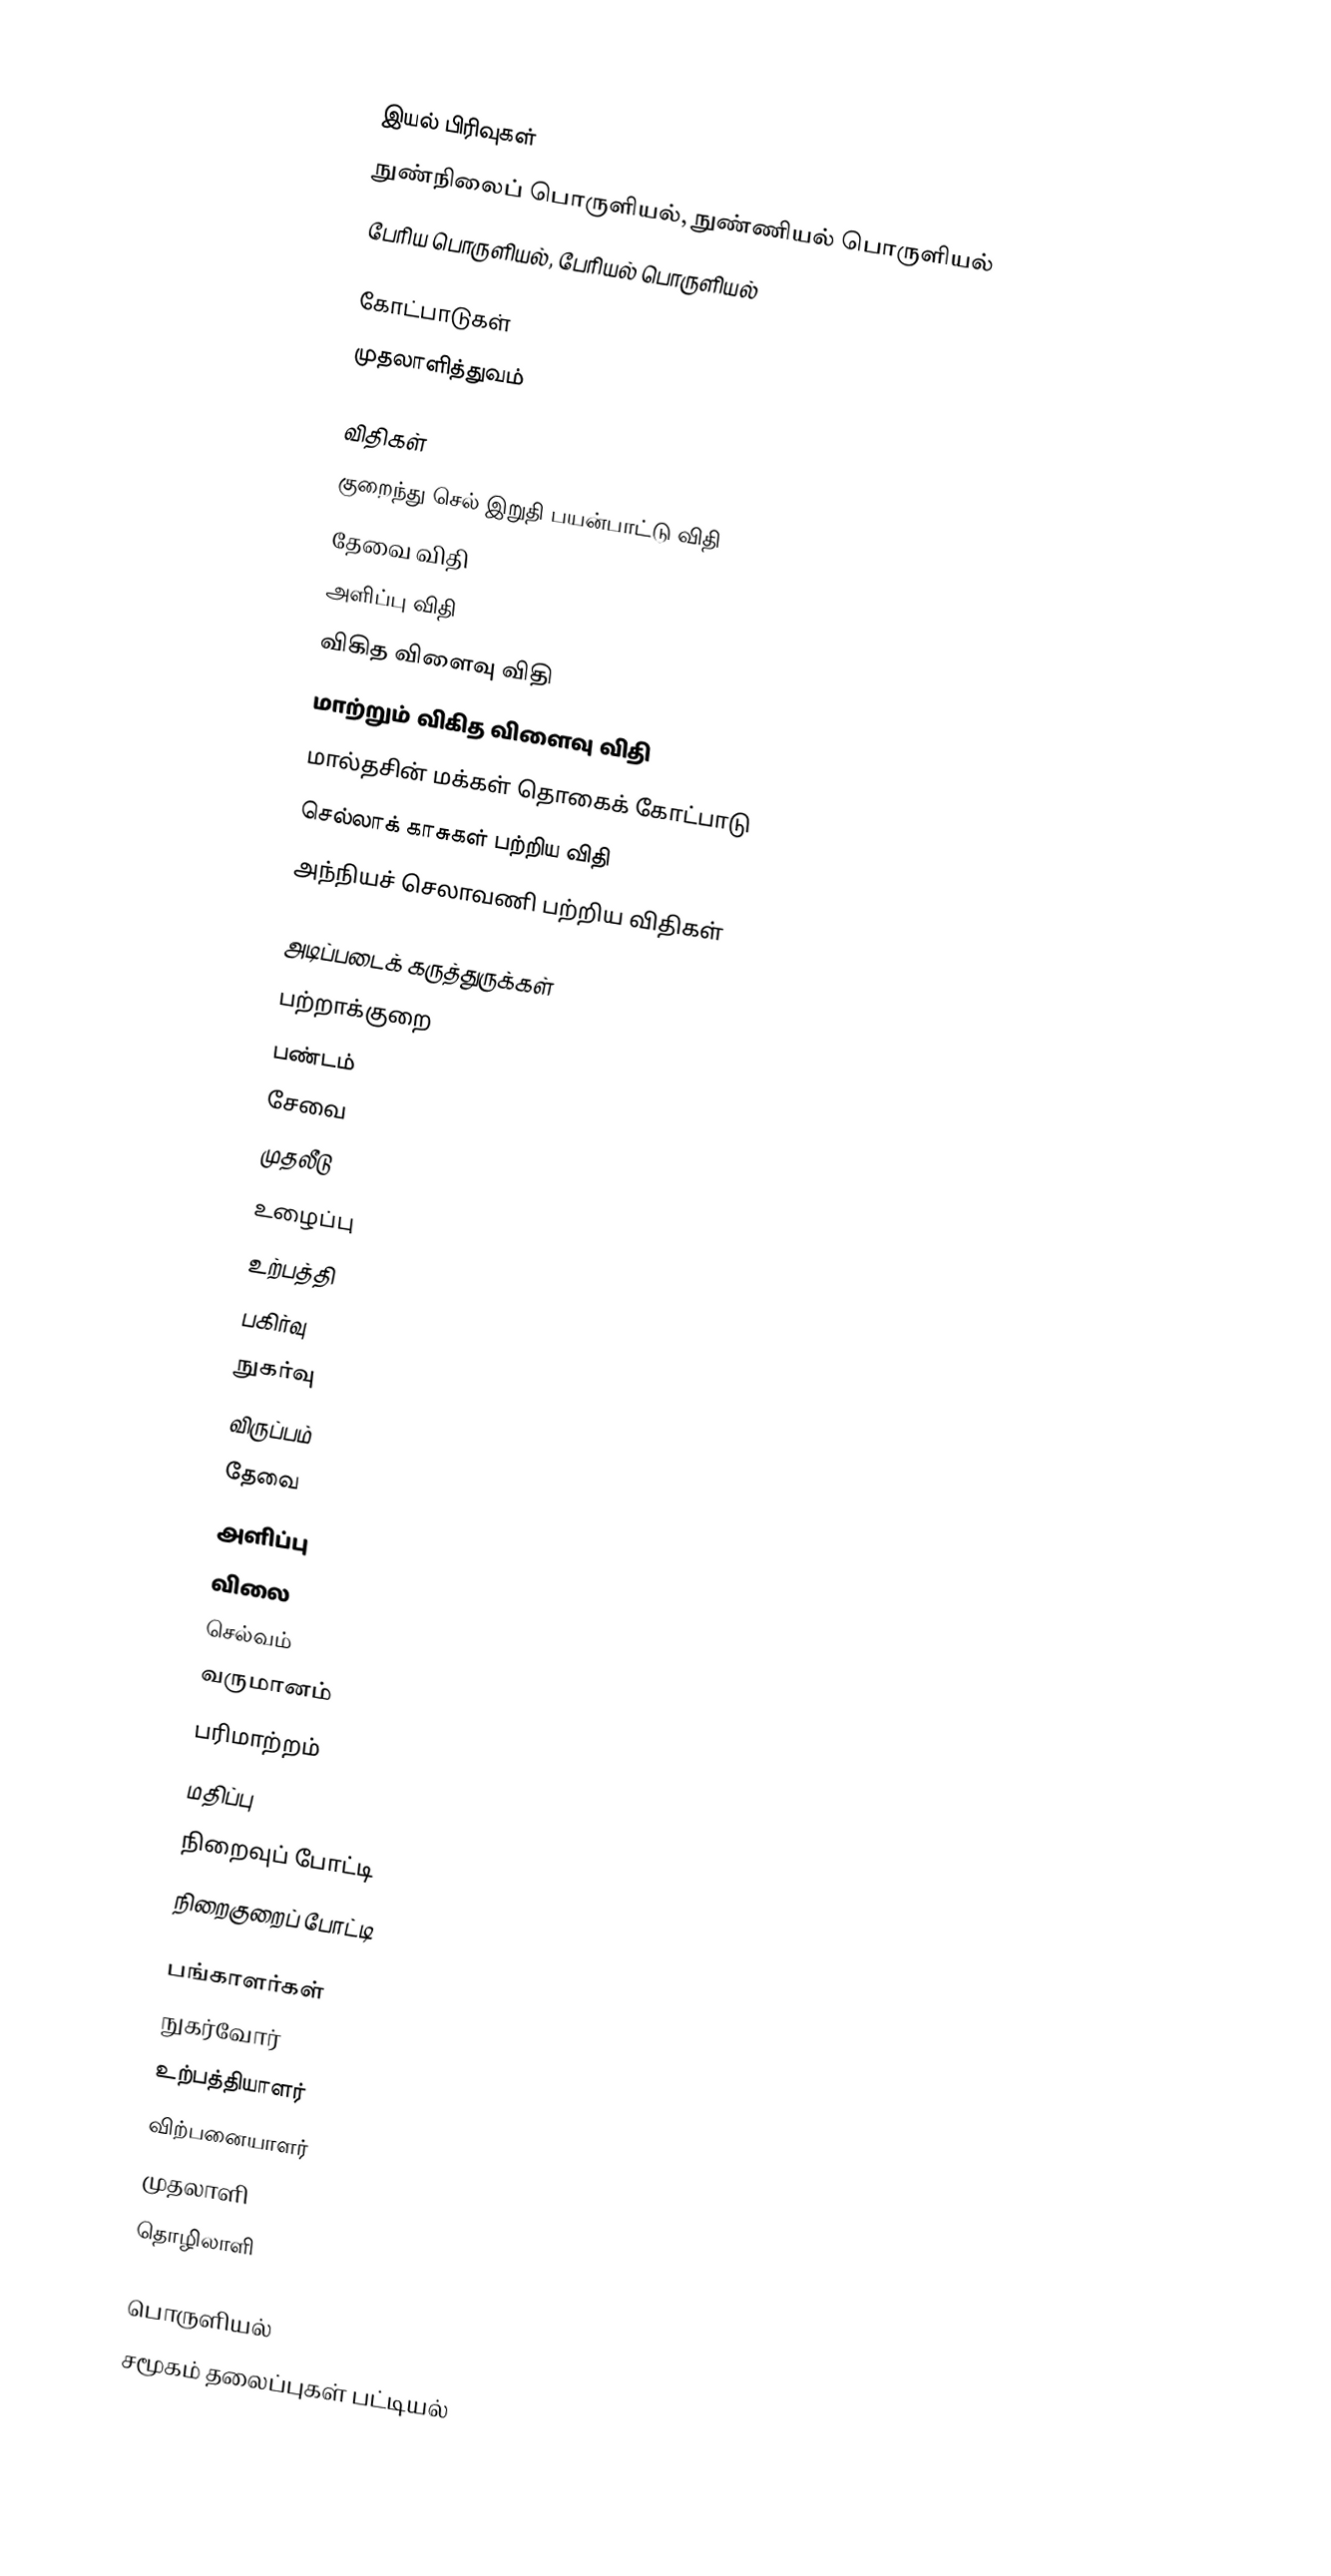

இயல் பிரிவுகள்
 நுண்நிலைப் பொருளியல், நுண்ணியல் பொருளியல்
 பேரிய பொருளியல், பேரியல் பொருளியல்

கோட்பாடுகள்
 முதலாளித்துவம்

விதிகள்
 குறைந்து செல் இறுதி பயன்பாட்டு விதி
 தேவை விதி
 அளிப்பு விதி
 விகித விளைவு விதி
 மாற்றும் விகித விளைவு விதி
மால்தசின் மக்கள் தொகைக் கோட்பாடு
செல்லாக் காசுகள் பற்றிய விதி
அந்நியச் செலாவணி பற்றிய விதிகள்

அடிப்படைக் கருத்துருக்கள்
 பற்றாக்குறை
 பண்டம்
 சேவை
 முதலீடு
 உழைப்பு
 உற்பத்தி
 பகிர்வு
 நுகர்வு
 விருப்பம்
 தேவை
 அளிப்பு
 விலை
 செல்வம்
 வருமானம்
 பரிமாற்றம்
 மதிப்பு
 நிறைவுப் போட்டி
 நிறைகுறைப் போட்டி

பங்காளர்கள்
 நுகர்வோர்
 உற்பத்தியாளர்
 விற்பனையாளர்
 முதலாளி
 தொழிலாளி

பொருளியல்
சமூகம் தலைப்புகள் பட்டியல்